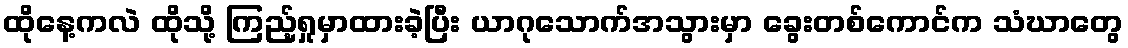
ထိုနေ့ကလဲ ထိုသို့ ကြည့်ရှုမှာထားခဲ့ပြီး ယာဂုသောက်အသွားမှာ ခွေးတစ်ကောင်က သံဃာတွေ